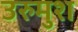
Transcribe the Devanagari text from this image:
उरुमुश